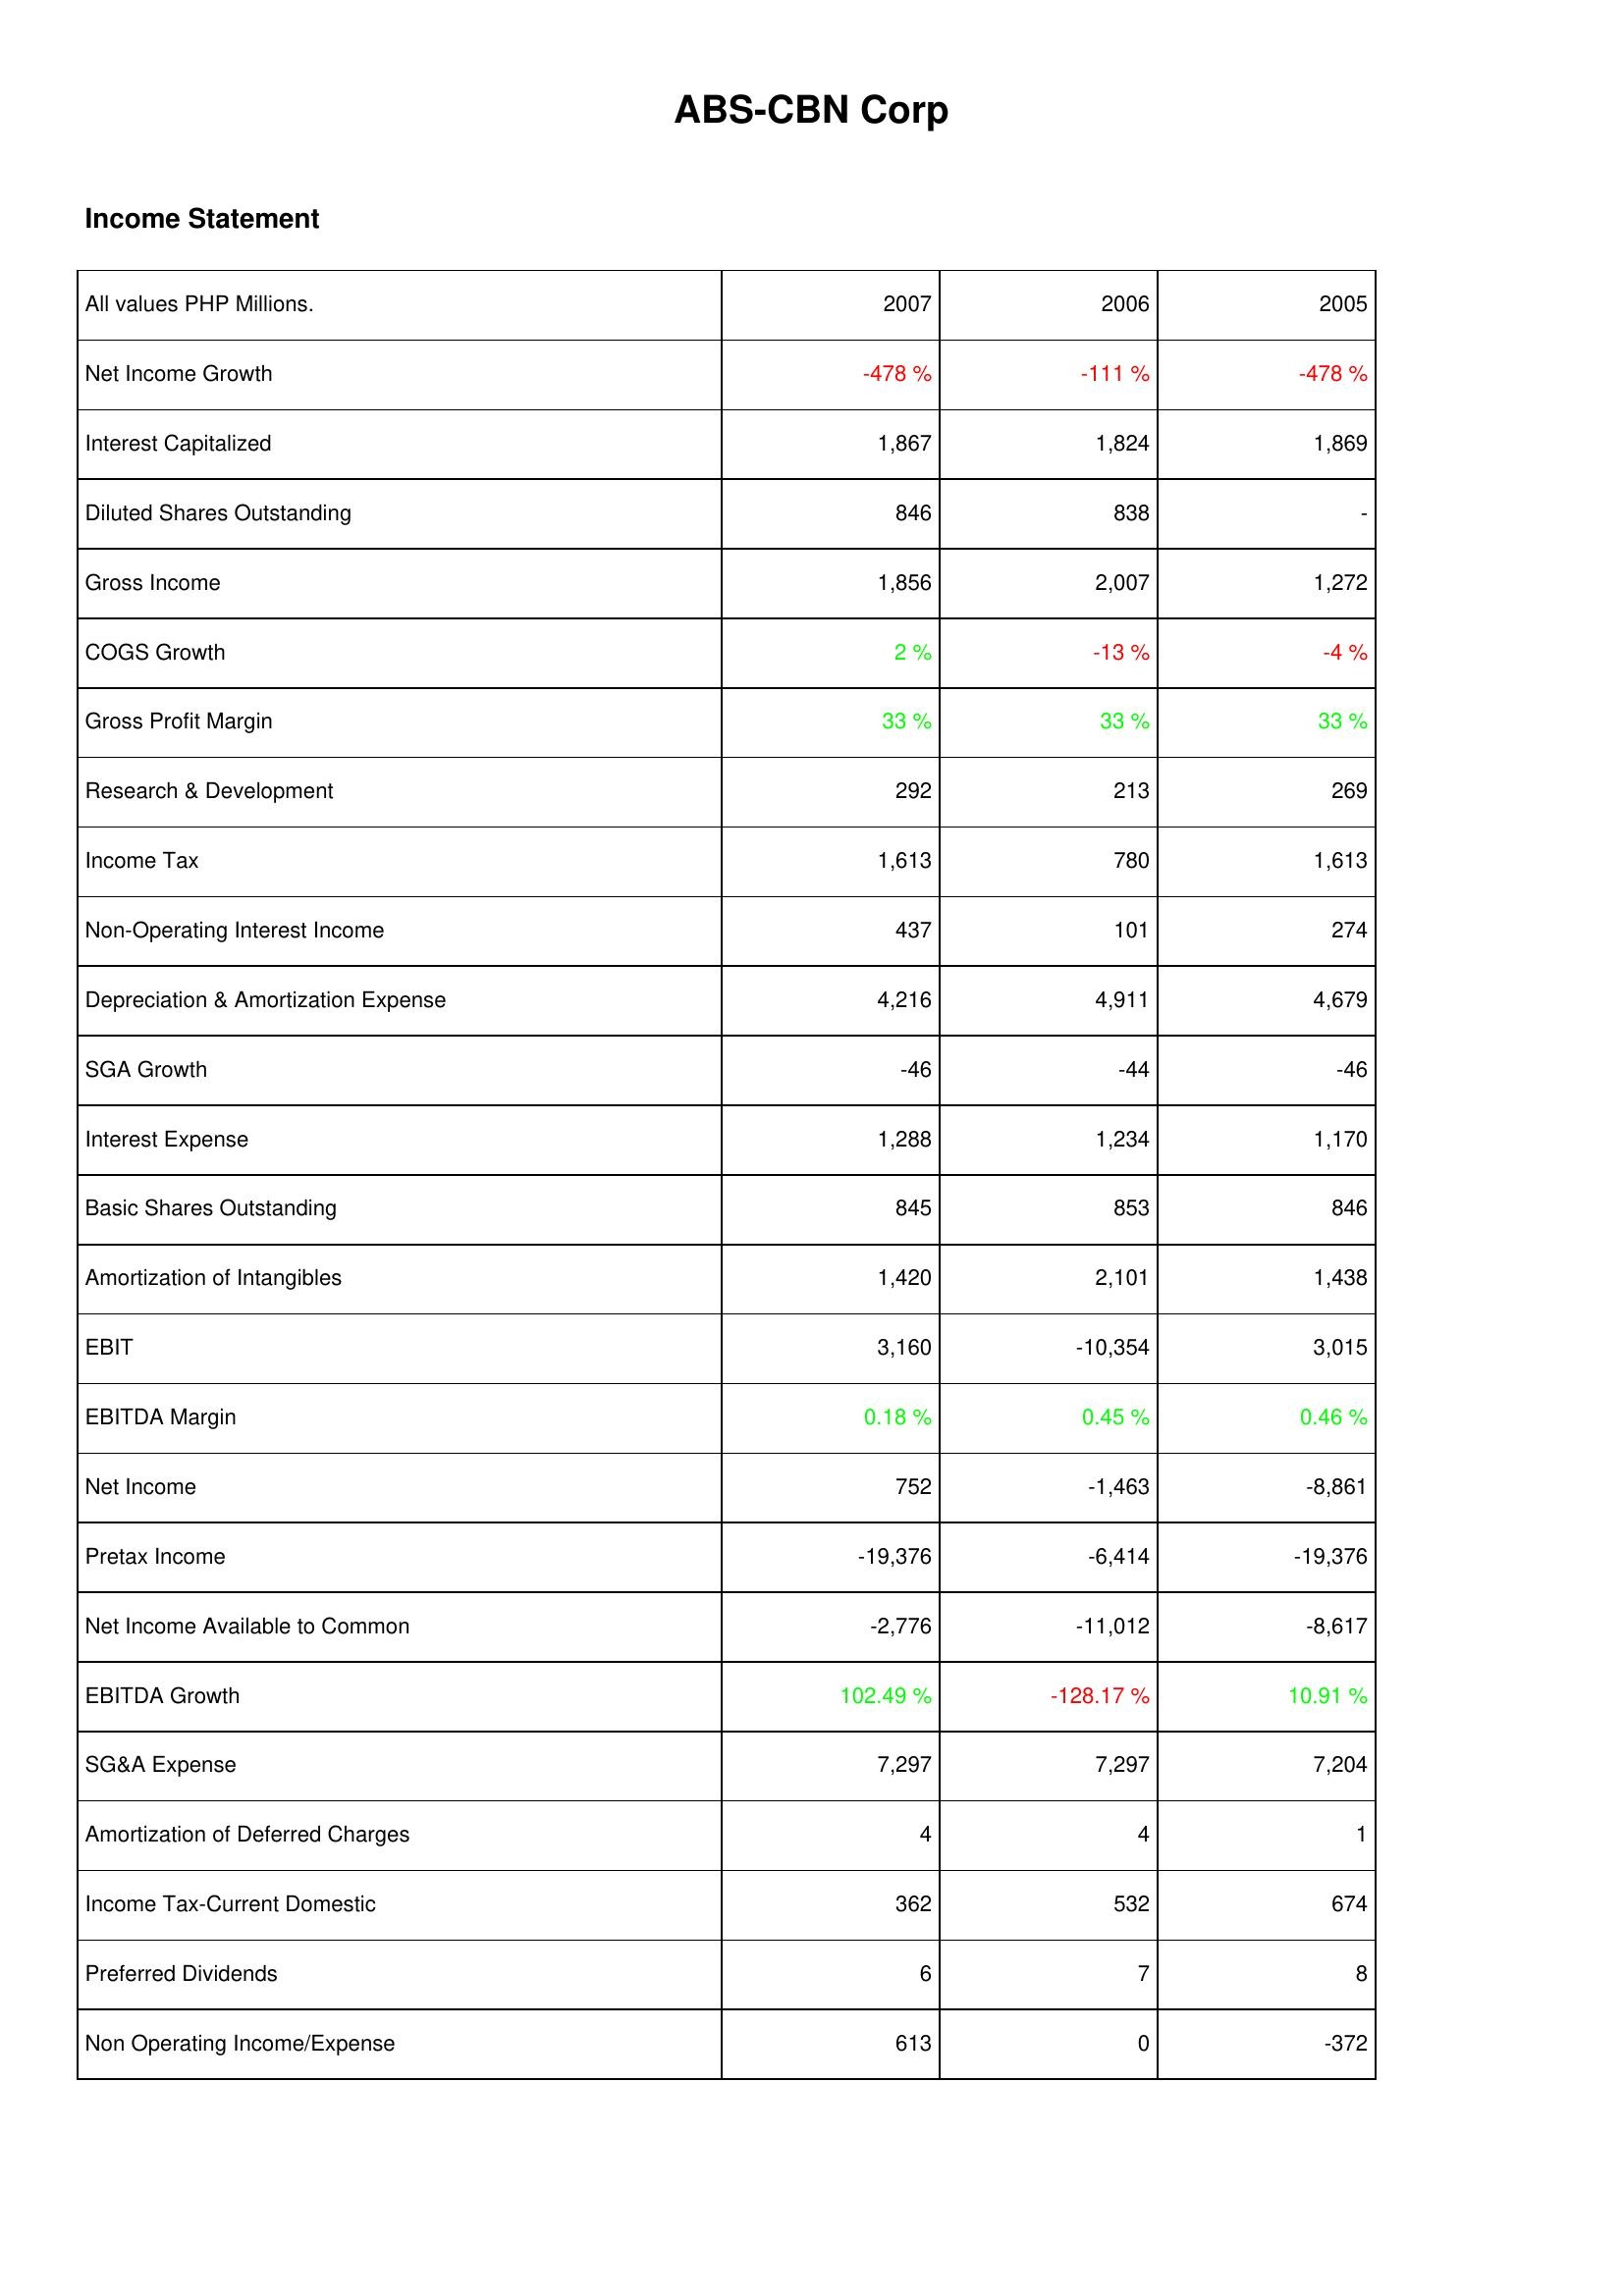
2007: Income Statement: Net Income Growth: -478 %
Interest Capitalized: 1,867
Diluted Shares Outstanding: 846
Gross Income: 1,856
COGS Growth: 2 %
Gross Profit Margin: 33 %
Research & Development: 292
Income Tax: 1,613
Non-Operating Interest Income: 437
Depreciation & Amortization Expense: 4,216
SGA Growth: -46
Interest Expense: 1,288
Basic Shares Outstanding: 845
Amortization of Intangibles: 1,420
EBIT: 3,160
EBITDA Margin: 0.18 %
Net Income: 752
Pretax Income: -19,376
Net Income Available to Common: -2,776
EBITDA Growth: 102.49 %
SG&A Expense: 7,297
Amortization of Deferred Charges: 4
Income Tax-Current Domestic: 362
Preferred Dividends: 6
Non Operating Income/Expense: 613
2006: Income Statement: Net Income Growth: -111 %
Interest Capitalized: 1,824
Diluted Shares Outstanding: 838
Gross Income: 2,007
COGS Growth: -13 %
Gross Profit Margin: 33 %
Research & Development: 213
Income Tax: 780
Non-Operating Interest Income: 101
Depreciation & Amortization Expense: 4,911
SGA Growth: -44
Interest Expense: 1,234
Basic Shares Outstanding: 853
Amortization of Intangibles: 2,101
EBIT: -10,354
EBITDA Margin: 0.45 %
Net Income: -1,463
Pretax Income: -6,414
Net Income Available to Common: -11,012
EBITDA Growth: -128.17 %
SG&A Expense: 7,297
Amortization of Deferred Charges: 4
Income Tax-Current Domestic: 532
Preferred Dividends: 7
Non Operating Income/Expense: 0
2005: Income Statement: Net Income Growth: -478 %
Interest Capitalized: 1,869
Diluted Shares Outstanding: -
Gross Income: 1,272
COGS Growth: -4 %
Gross Profit Margin: 33 %
Research & Development: 269
Income Tax: 1,613
Non-Operating Interest Income: 274
Depreciation & Amortization Expense: 4,679
SGA Growth: -46
Interest Expense: 1,170
Basic Shares Outstanding: 846
Amortization of Intangibles: 1,438
EBIT: 3,015
EBITDA Margin: 0.46 %
Net Income: -8,861
Pretax Income: -19,376
Net Income Available to Common: -8,617
EBITDA Growth: 10.91 %
SG&A Expense: 7,204
Amortization of Deferred Charges: 1
Income Tax-Current Domestic: 674
Preferred Dividends: 8
Non Operating Income/Expense: -372